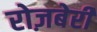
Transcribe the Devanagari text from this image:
रोज़बेरी